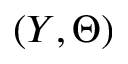
( Y , \Theta )